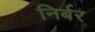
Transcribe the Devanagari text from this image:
निर्बर